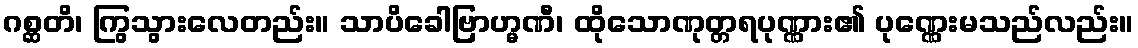
ဂစ္ဆတိ၊ ကြွသွားလေတည်း။ သာပိခေါဗြာဟ္မဏီ၊ ထိုသောဏုတ္တရပုဏ္ဏား၏ ပုဏ္ဏေးမသည်လည်း။